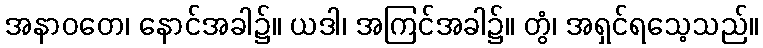
အနာဝတေ၊ နောင်အခါ၌။ ယဒါ၊ အကြင်အခါ၌။ တွံ၊ အရှင်ရသေ့သည်။